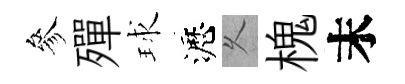
參殫球瀝乆槐末